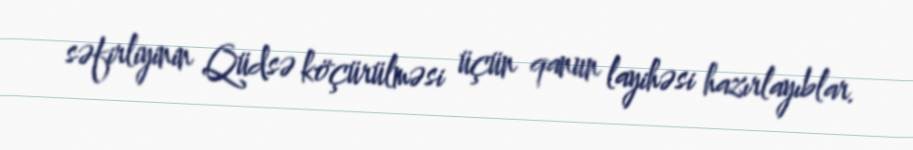
səfirliyinin Qüdsə köçürülməsi üçün qanun layihəsi hazırlayıblar.